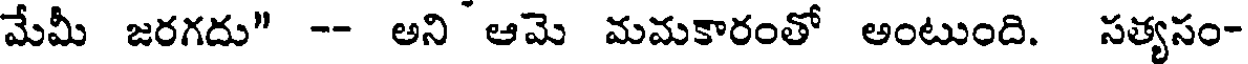
మేమీ జరగదు" -- అని ఆమె మమకారంతో అంటుంది. సత్యసం-